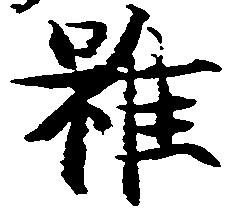
雖